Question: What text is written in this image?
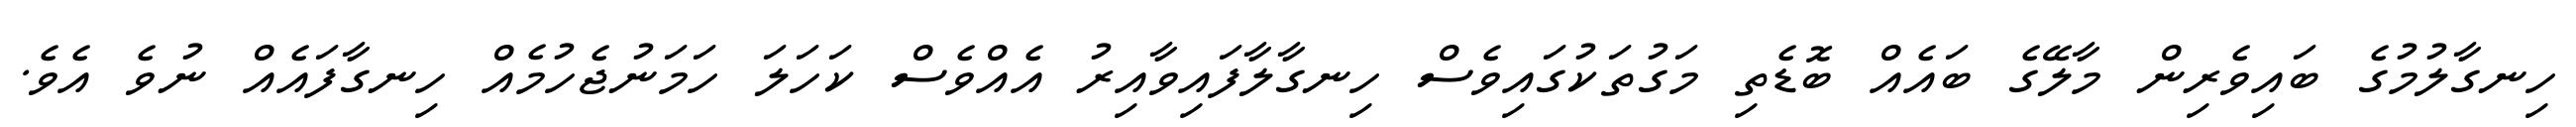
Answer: ހިނގާލުމުގެ ބައިވެރިން މާލޭގެ ބައެއް ބޮޑެތި މަގުތަކުގައިވެސް ހިނގާލާފައިވާއިރު އެއްވެސް ކަހަލަ ހަމަނުޖެހުމެއް ހިނގާފައެއް ނުވެ އެވެ.